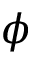
\phi